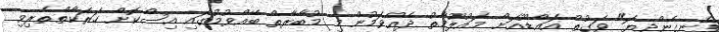
ފެނިގެންދިޔަ" ވަގުތު އައްޑޫއަށް މައުލޫމާތު ދެއްވަމުން މި މުބާރާތް ބޭއްވުމުގައި އިސްކޮށް ހަރަކާތްތެރިވި